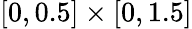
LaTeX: [0,0.5]\times[0,1.5]